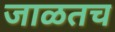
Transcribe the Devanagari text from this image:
जाळतच